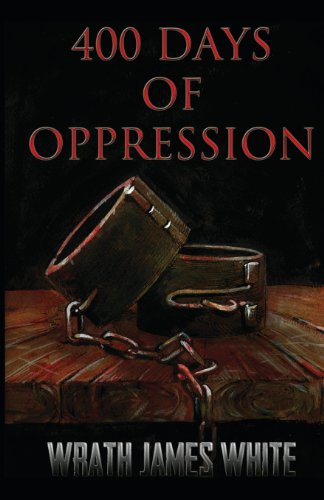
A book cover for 400 Days of Oppression; Wrath James White; Romance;